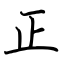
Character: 正